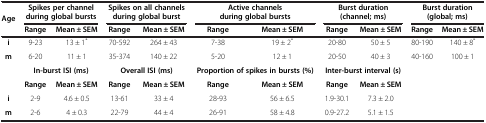
| Age | <COLSPAN=2> Spikes per channel during global bursts | <COLSPAN=2> Spikes on all channels during global burst | <COLSPAN=2> Active channels during global bursts | <COLSPAN=2> Burst duration (channel; ms) | <COLSPAN=2> Burst duration (global; ms) |
 |  | Range | Mean ± SEM | Range | Mean ± SEM | Range | Mean ± SEM | Range | Mean ± SEM | Range | Mean ± SEM |
 | --- | --- | --- | --- | --- | --- | --- | --- | --- | --- | --- |
 | i | 9-23 | 13 ± 1* | 70-592 | 264 ± 43 | 7-38 | 19 ± 2* | 20-80 | 50 ± 5 | 80-190 | 140 ± 8* |
 | m | 6-20 | 11 ± 1 | 35-374 | 140 ± 22 | 5-20 | 12 ± 1 | 20-50 | 40 ± 3 | 40-160 | 100 ± 1 |
 | <ROWSPAN=2>  | <COLSPAN=2> In-burst ISI (ms) | <COLSPAN=2> Overall ISI (ms) | <COLSPAN=2> Proportion of spikes in bursts (%) | <COLSPAN=2> Inter-burst interval (s) | <COLSPAN=2>  |
 | Range | Mean ± SEM | Range | Mean ± SEM | Range | Mean ± SEM | Range | Mean ± SEM |  |  |
 | i | 2-9 | 4.6 ± 0.5 | 13-61 | 33 ± 4 | 28-93 | 56 ± 6.5 | 1.9-30.1 | 7.3 ± 2.0 |  |  |
 | m | 2-6 | 4 ± 0.3 | 22-79 | 44 ± 4 | 26-91 | 58 ± 4.8 | 0.9-27.2 | 5.1 ± 1.5 |  |  |